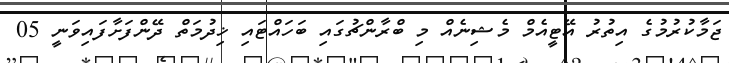
ޖަމާކުރުމުގެ އިތުރު އޭޓީއެމް މެޝިނެއް މި ބްރާންޗުގައި ބަހައްޓައި ޚިދުމަތް ދޭންފަށާފައިވަނީ 05